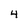
Character: 4